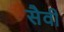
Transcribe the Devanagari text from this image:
सैवी